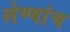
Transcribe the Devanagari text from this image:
लेण्यांच